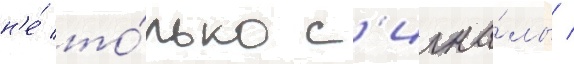
н'е́ то́лько с'игна́лы /